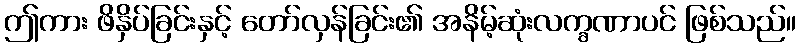
ဤကား ဖိနှိပ်ခြင်းနှင့် တော်လှန်ခြင်း၏ အနိမ့်ဆုံးလက္ခဏာပင် ဖြစ်သည်။